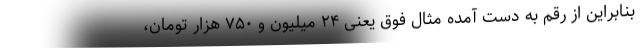
بنابراین از رقم به دست آمده مثال فوق یعنی ۲۴ میلیون و ۷۵۰ هزار تومان،